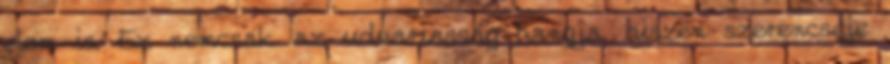
elem is. Ez nemcsak az udvariasság hangja, hiszen szerencséje